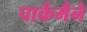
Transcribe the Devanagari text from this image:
पार्कमैने